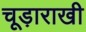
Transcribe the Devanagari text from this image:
चूड़ाराखी